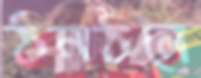
ঠনঠনে